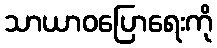
သာယာဝပြောရေးကို